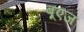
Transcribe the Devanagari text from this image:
बूएज